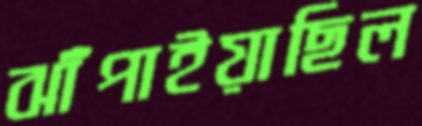
ঝাঁপাইয়াছিল